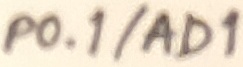
Text: P0.1/AD1